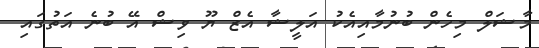
މާޝަލް މިހެން ބުނުމާއިއެކު އަލީޝާ އެޒް ޔޫ ވިޝް އޭ ބުނެ އަތުގައި